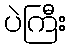
ပဲကြီး